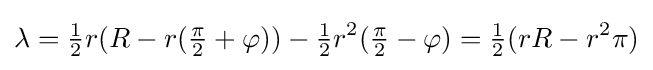
\lambda ={\tfrac {1}{2}}r(R-r({\tfrac {\pi }{2}}+\varphi ))-{\tfrac {1}{2}}r^{2}({\tfrac {\pi }{2}}-\varphi )={\tfrac {1}{2}}(rR-r^{2}\pi )